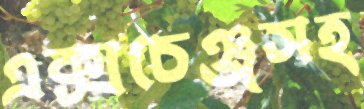
এক্সচেঞ্জসহ